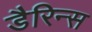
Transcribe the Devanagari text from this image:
डैरिन्स